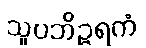
သူပဘိဉ္ဇရကံ